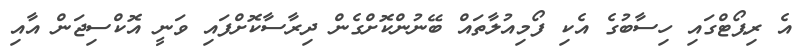
އެ ރިޕޯޓްގައި ހިސާބުގެ އެކި ފޯމިއުލާތައް ބޭނުންކޮށްގެން ދިރާސާކޮށްފައި ވަނީ އޮކްސިޖަން އާއި